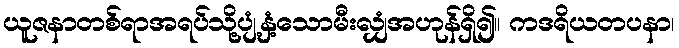
ယူဇနာတစ်ရာအရပ်သို့ပျံ့နှံ့သောမီးလျှံအဟုန်ရှိ၍။ ကဒရိယတပနာ၊